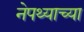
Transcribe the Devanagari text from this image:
नेपथ्याच्या